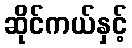
ဆိုင်ကယ်နှင့်